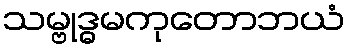
သမ္ဗုဒ္ဓမကုတောဘယံ